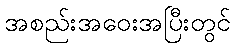
အစည်းအဝေးအပြီးတွင်